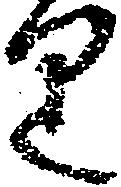
り